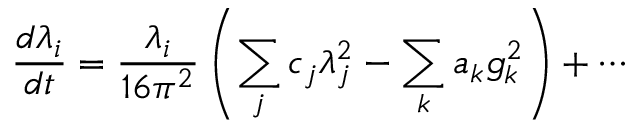
{ \frac { d \lambda _ { i } } { d t } } = { \frac { \lambda _ { i } } { 1 6 \pi ^ { 2 } } } \left( \sum _ { j } c _ { j } \lambda _ { j } ^ { 2 } - \sum _ { k } a _ { k } g _ { k } ^ { 2 } \right) + \cdots